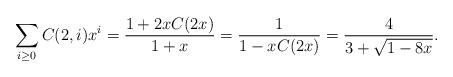
LaTeX: \begin{align*} \sum_{i\geq 0} C(2,i) x^i = \frac{1+2x C(2x)}{1+x} = \frac{1}{1-xC(2x)} =\frac{4}{3+ \sqrt{1-8x}}. \end{align*}